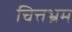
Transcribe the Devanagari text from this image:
चित्तभ्रम